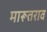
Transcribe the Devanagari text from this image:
मारूतराव